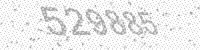
Solution: 529885